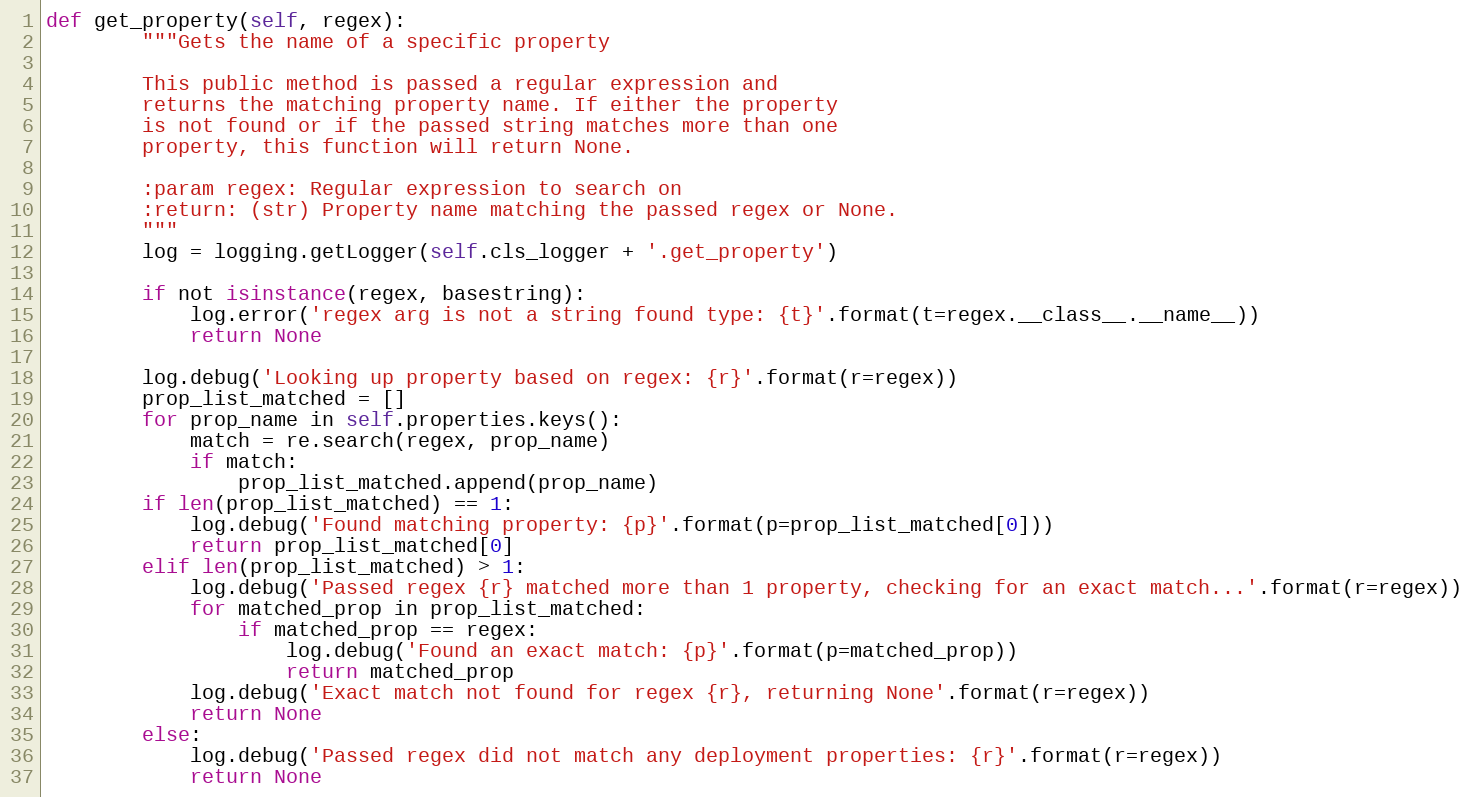
Language: Python
def get_property(self, regex):
        """Gets the name of a specific property

        This public method is passed a regular expression and
        returns the matching property name. If either the property
        is not found or if the passed string matches more than one
        property, this function will return None.

        :param regex: Regular expression to search on
        :return: (str) Property name matching the passed regex or None.
        """
        log = logging.getLogger(self.cls_logger + '.get_property')

        if not isinstance(regex, basestring):
            log.error('regex arg is not a string found type: {t}'.format(t=regex.__class__.__name__))
            return None

        log.debug('Looking up property based on regex: {r}'.format(r=regex))
        prop_list_matched = []
        for prop_name in self.properties.keys():
            match = re.search(regex, prop_name)
            if match:
                prop_list_matched.append(prop_name)
        if len(prop_list_matched) == 1:
            log.debug('Found matching property: {p}'.format(p=prop_list_matched[0]))
            return prop_list_matched[0]
        elif len(prop_list_matched) > 1:
            log.debug('Passed regex {r} matched more than 1 property, checking for an exact match...'.format(r=regex))
            for matched_prop in prop_list_matched:
                if matched_prop == regex:
                    log.debug('Found an exact match: {p}'.format(p=matched_prop))
                    return matched_prop
            log.debug('Exact match not found for regex {r}, returning None'.format(r=regex))
            return None
        else:
            log.debug('Passed regex did not match any deployment properties: {r}'.format(r=regex))
            return None